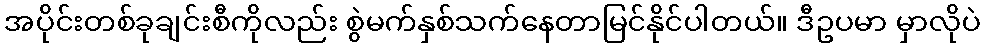
အပိုင်းတစ်ခုချင်းစီကိုလည်း စွဲမက်နှစ်သက်နေတာမြင်နိုင်ပါတယ်။ ဒီဥပမာ မှာလိုပဲ